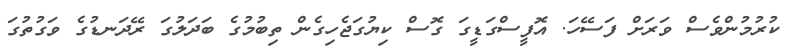
ކުރުމުންވެސް ވަރަށް ފަސޭހަ. އޮފީސްގަޑީގަ ގޮސް ކިޔުގަޖެހިގެން ތިބުމުގެ ބަދަލުގަ ރޭދަނޑުގެ ވަގުތުގަ